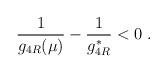
LaTeX: \begin{align*}\frac{1}{g_{4R}(\mu)}-\frac{1}{g_{4R}^*} < 0\;.\end{align*}